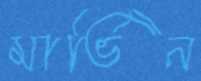
মার্ভিন